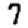
Digit: 7